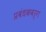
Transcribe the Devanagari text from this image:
प्रबंधकवर्ग